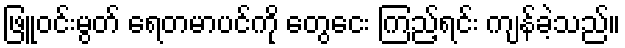
ဖြူဝင်းမွတ် ရေတမာပင်ကို တွေငေး ကြည့်ရင်း ကျန်ခဲ့သည်။